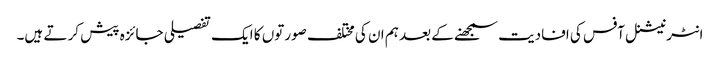
انٹرنیشنل آفس کی افادیت سمجھنے کے بعد ہم ان کی مختلف صورتوں کا ایک تفصیلی جائزہ پیش کر تے ہیں۔